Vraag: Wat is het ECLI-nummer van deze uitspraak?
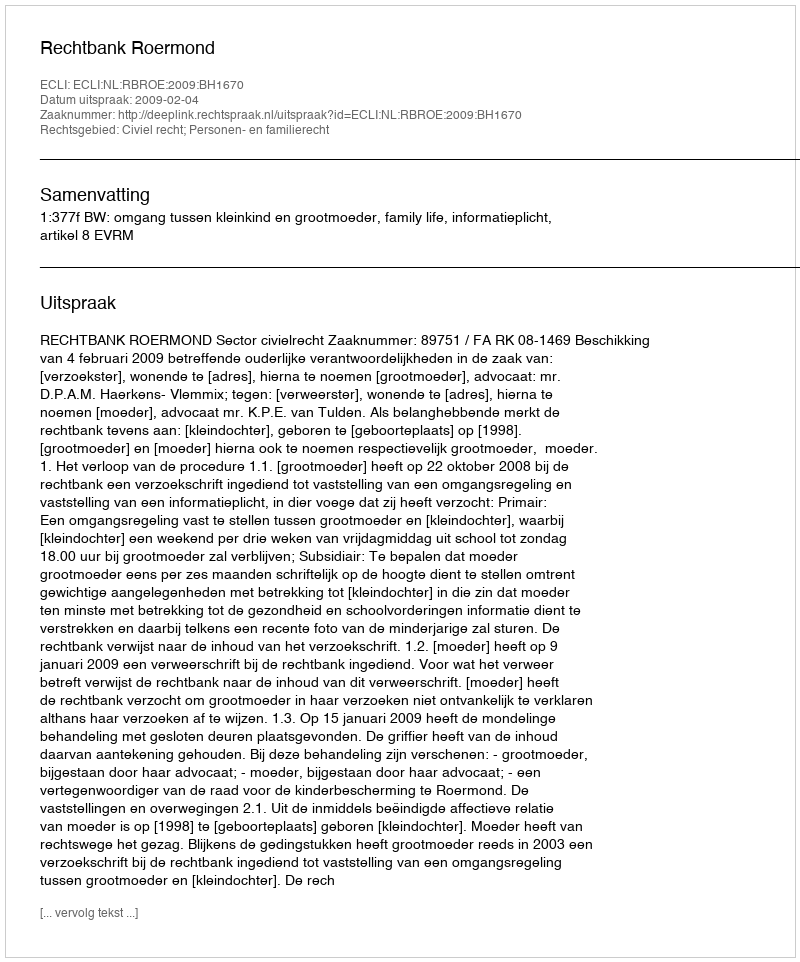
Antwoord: ECLI:NL:RBROE:2009:BH1670